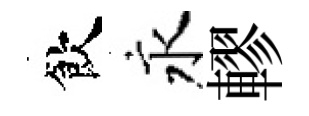
飲永轇